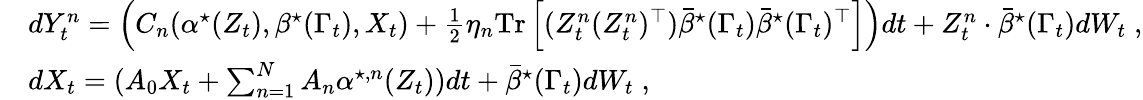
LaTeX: \begin{array}{rl}&{dY_{t}^{n}=\left(C_{n}(\alpha^{\star}(Z_{t}),\beta^{\star}(\Gamma_{t}),X_{t})+\frac 12\eta_{n}\mathrm{Tr}\left[(Z_{t}^{n}(Z_{t}^{n})^{\top})\bar{{\beta}}^{\star}(\Gamma_{t})\bar{{\beta}}^{\star}(\Gamma_{t})^{\top}\right]\right)dt+Z_{t}^{n}\cdot\bar{{\beta}}^{\star}(\Gamma_{t})dW_{t}\; ,}\\ &{dX_{t}=(A_{0}X_{t}+\sum_{n=1}^{N}A_{n}{\alpha}^{\star,n}(Z_{t}))dt+\bar{{\beta}}^{\star}(\Gamma_{t})dW_{t}\; ,}\end{array}